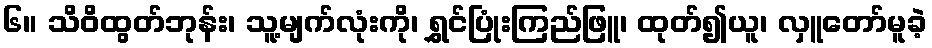
၆။ သိဝိထွတ်ဘုန်း၊ သူ့မျက်လုံးကို၊ ရွှင်ပြုံးကြည်ဖြူ၊ ထုတ်၍ယူ၊ လှူတော်မူခဲ့